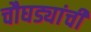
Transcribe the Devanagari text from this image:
चौघड्यांची